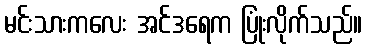
မင်းသားကလေး အင်ဒရေက ပြုံးလိုက်သည်။